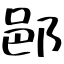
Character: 𨛗